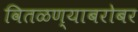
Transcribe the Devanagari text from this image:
वितळण्याबरोबर